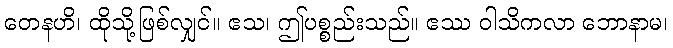
တေနဟိ၊ ထိုသို့ဖြစ်လျှင်။ ဧသ၊ ဤပစ္စည်းသည်။ ဧဿ ဝါသိကလာ ဘောနာမ၊